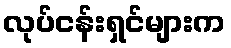
လုပ်ငန်းရှင်များက